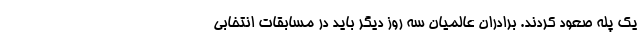
یک پله صعود کردند. برادران عالمیان سه روز دیگر باید در مسابقات انتخابی